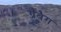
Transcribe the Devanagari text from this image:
ग्रैबैग